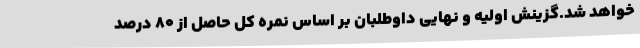
خواهد شد.گزینش اولیه و نهایی داوطلبان بر اساس نمره کل حاصل از 80 درصد